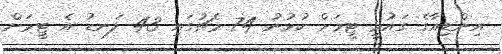
އިންޑިއާގެ ގައުމީ ޓީމަށް ކުޅުނު 74 މެޗުގައި 43 ލަނޑު އެ ޓީމަށް